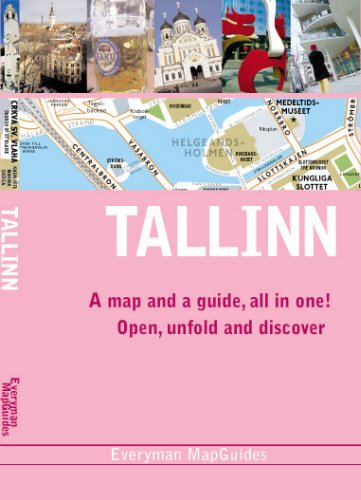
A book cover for Tallinn EveryMan MapGuide (Everyman MapGuides); Travel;